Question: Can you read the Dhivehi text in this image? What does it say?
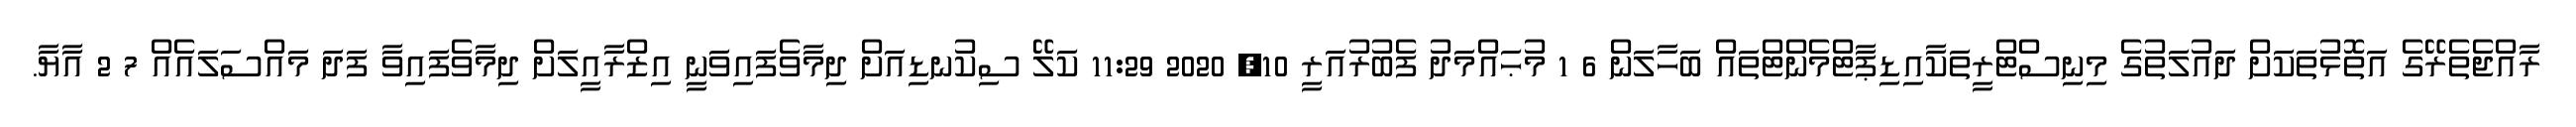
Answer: ރާއްޖެތެރޭގެ އަތޮޅުތަކަށް ދައުލަތުގެ މިނިސްޓްރީތަކާއިޑިޕާޓްމެންޓްތައް ބަހާލަން 6 1 މުޙައްމަދު ފެބުރުއަރީ 10, 2020 11:29 ކަލޭ ސިކުނޑިއަށް ދިމާވެފައިވަނީ އިޒްރާއީލަށް ދިމާވެފައިވާ ފަދަ މައްސަލައެއް 7 2 އާޔާ.